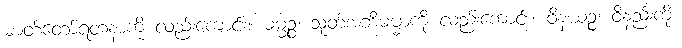
ဓာတ်တော်ရတနာကို လည်းကောင်း။ ဓမ္မဉ္စ၊ သုတ်အဘိဓမ္မာကို လည်းကောင်း။ ဝိနယဉ္စ၊ ဝိနည်းကို